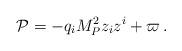
LaTeX: \begin{align*}{\cal P}= -q_i M_P^2 z_iz^i +\varpi \,.\end{align*}